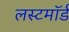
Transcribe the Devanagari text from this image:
लस्टमॉर्ड